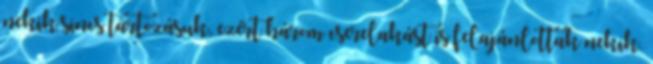
nekik sincs tartozásuk, ezért három cserelakást is felajánlottak nekik.